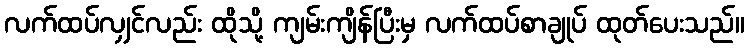
လက်ထပ်လျှင်လည်း ထိုသို့ ကျမ်းကျိန်ပြီးမှ လက်ထပ်စာချုပ် ထုတ်ပေးသည်။